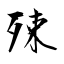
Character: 殐